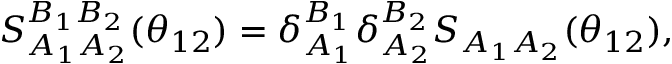
S _ { A _ { 1 } A _ { 2 } } ^ { B _ { 1 } B _ { 2 } } ( \theta _ { 1 2 } ) = \delta _ { A _ { 1 } } ^ { B _ { 1 } } \delta _ { A _ { 2 } } ^ { B _ { 2 } } S _ { A _ { 1 } A _ { 2 } } ( \theta _ { 1 2 } ) ,